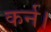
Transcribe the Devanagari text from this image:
कर्न।